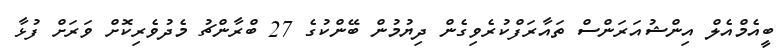
ބީއެމްއެލް އިންޝުއަރަންސް ތައާރަފްކުރެވިގެން ދިޔުމުން ބޭންކުގެ 27 ބްރާންޗު މެދުވެރިކޮށް ވަރަށް ފުޅާ